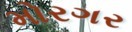
મોરગર